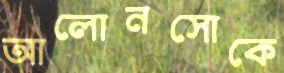
আলোনসোকে